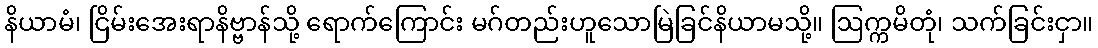
နိယာမံ၊ ငြိမ်းအေးရာနိဗ္ဗာန်သို့ ရောက်ကြောင်း မဂ်တည်းဟူသောမြဲခြင်နိယာမသို့။ ဩက္ကမိတုံ၊ သက်ခြင်းငှာ။